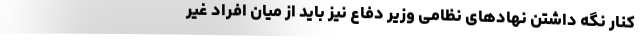
کنار نگه داشتن نهاد‌های نظامی وزیر دفاع نیز باید از میان افراد غیر